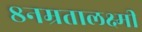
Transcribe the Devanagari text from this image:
८नम्रतालक्ष्मी